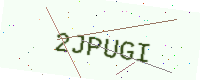
Text: 2JPUGI